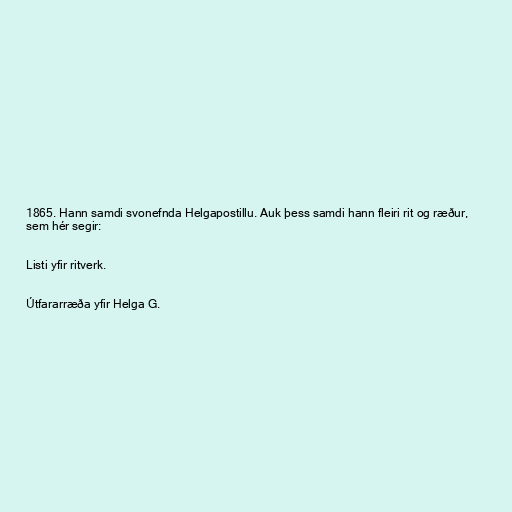
1865. Hann samdi svonefnda Helgapostillu. Auk þess samdi hann fleiri rit og ræður,
sem hér segir:

Listi yfir ritverk.

Útfararræða yfir Helga G.